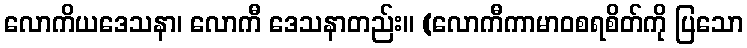
လောကိယဒေသနာ၊ လောကီ ဒေသနာတည်း။ (လောကီကာမာဝစရစိတ်ကို ပြသော